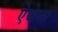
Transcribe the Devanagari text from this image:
ऐथेन्स